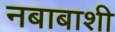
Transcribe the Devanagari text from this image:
नबाबाशी